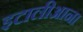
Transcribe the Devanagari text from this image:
इटालीआना